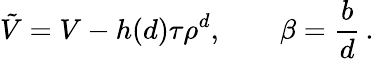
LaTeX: {\tilde{V}}=V-h(d)\tau\rho^{d},\qquad\beta=\frac{b}{d}\, .